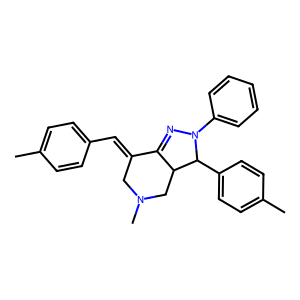
SMILES: Cc1ccc(C=C2CN(C)CC3C2=NN(c2ccccc2)C3c2ccc(C)cc2)cc1
Inhibits HIV replication: No